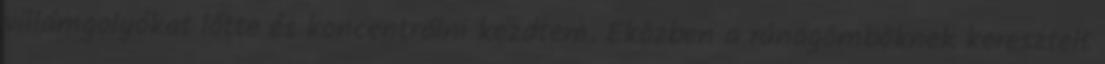
villámgolyókat lőtte és koncentrálni kezdtem. Eközben a rúnagömböknek keresztelt